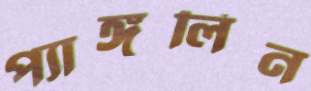
প্যাঙ্গলিন